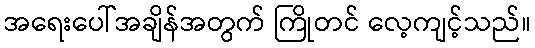
အရေးပေါ်အချိန်အတွက် ကြိုတင် လေ့ကျင့်သည်။